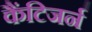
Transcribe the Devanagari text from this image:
कैंटिजर्न